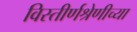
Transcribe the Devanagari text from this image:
विस्तीर्णश्रेणीच्या